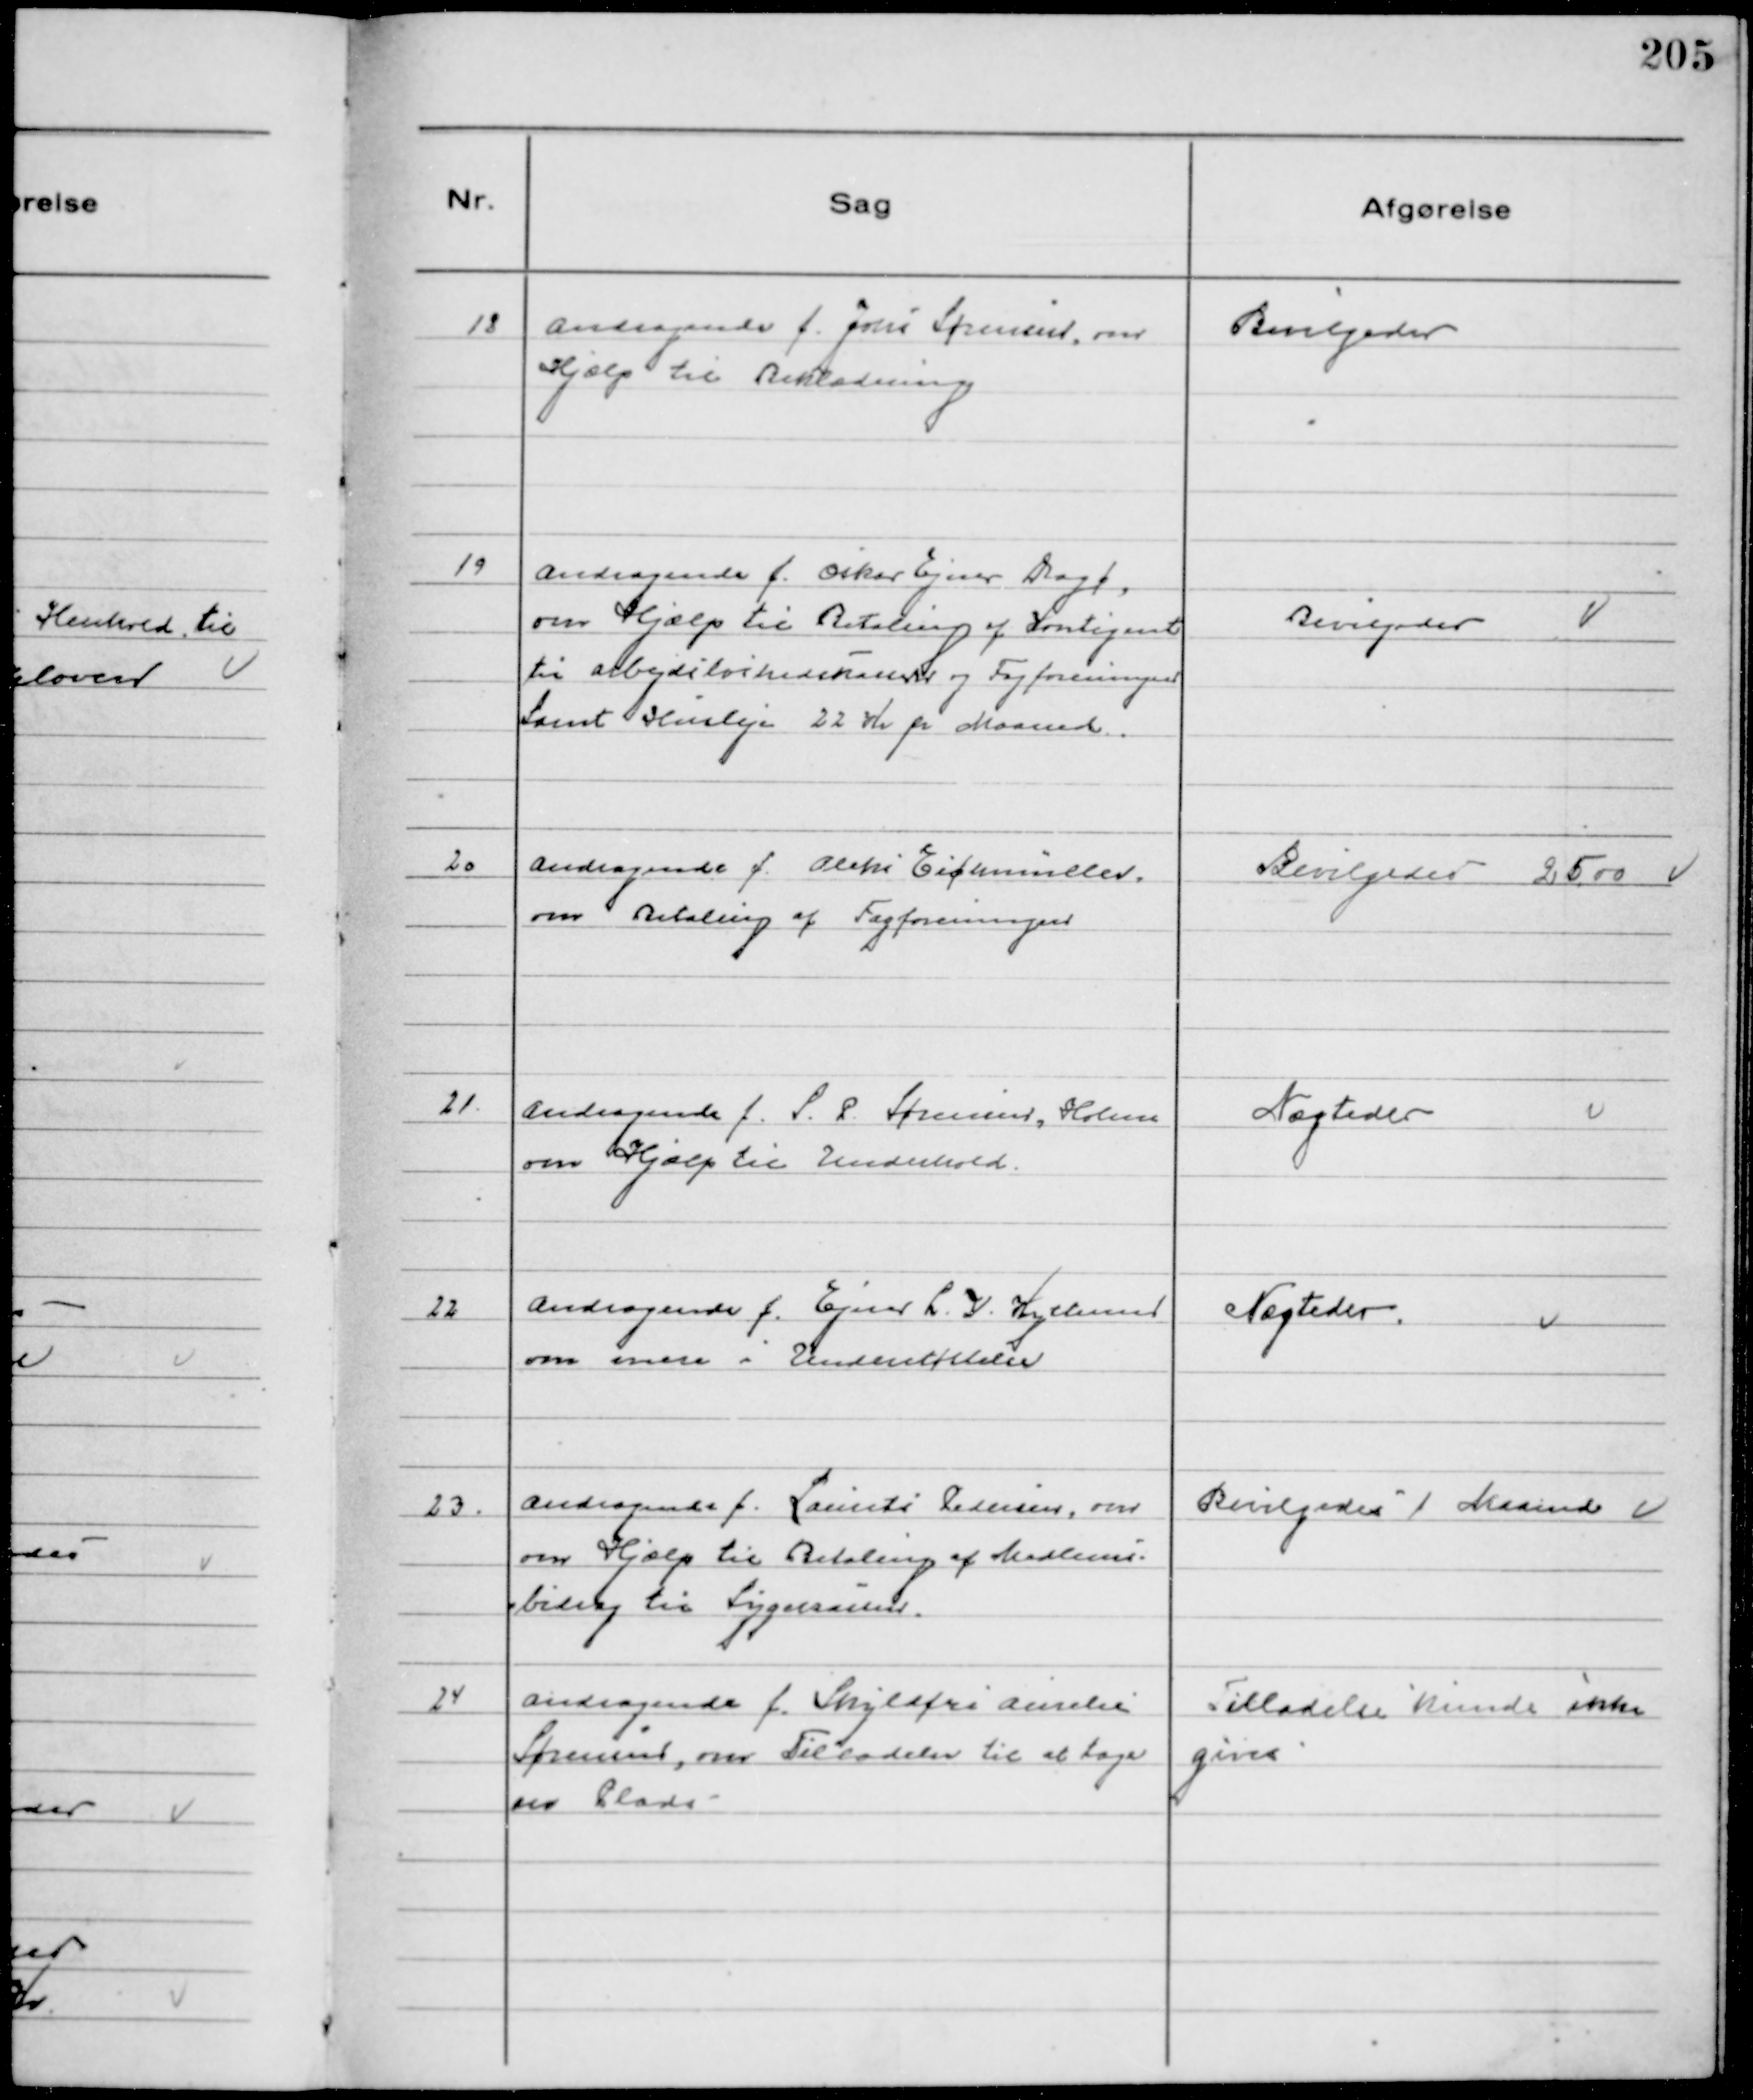
Transskription:
18
Andragende f. Johs Sørensen, om
Hjælp til Beklædning

Bevilgedes

19
Andragende f. Oskar Ejner Dragt,
om Hjælp til Betaling af Kontigent
til Arbejdsløshedskassen og Fagforeningen
Samt Husleje 22 Kr pr Maaned.

Bevilgedes

20
Andragende f. Aleks Eichmüller
om Betaling af Fagforeningen

Bevilgedes 25,00

21.
Andragende f. S. R. Sørensen, Holme
om Hjælp til Underhold

Nægtedes

22
Andragende f. Ejner L. V. Hylteman
om mere i Understøttelse

Nægtedes

23.
Andragende f. Laurits Pedersen, om
om Hjælp til Betaling af Medlems-
bidrag til Sygekassen.

Bevilgedes 1 Maaned

24
Andragende f. Skyldfri Aurelie
Sørensen, om Tilladelse til at tage
en Plads

Tilladelse kunde ikke
gives